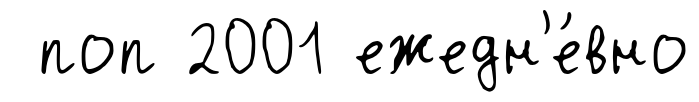
поп 2001 ежедн'е́вно